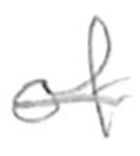
Text: of
Cross-out: single-line
Writing tool: pencil